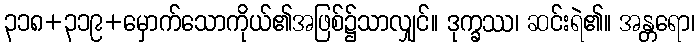
၃၁၈+၃၁၉+မှောက်သောကိုယ်၏အဖြစ်၌သာလျှင်။ ဒုက္ခဿ၊ ဆင်းရဲ၏။ အန္တရော၊